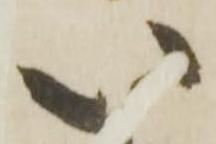
い